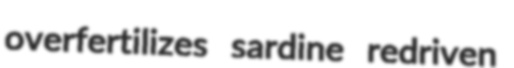
overfertilizes sardine redriven